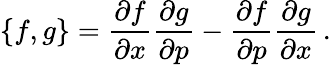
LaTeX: \{ f,g\} =\frac{\partial f}{\partial x}\frac{\partial g}{\partial p}-\frac{\partial f}{\partial p}\frac{\partial g}{\partial x}\, .